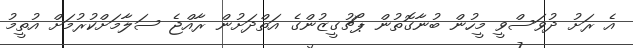
އެ ރަށު ދުވަސްވީ މީހުން ބުނާގޮތުން ޕޯޗުގީޒުންގެ އަތްދަށުން ރާއްޖެ ސަލާމަށްކުރުމަށް އުތީމު